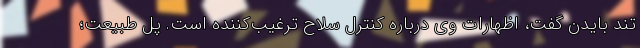
تند بایدن گفت، اظهارات وی درباره کنترل سلاح ترغیب‌کننده است. پل طبیعت؛